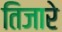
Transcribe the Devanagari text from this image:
तिजारे